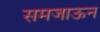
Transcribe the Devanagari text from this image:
समजाऊन